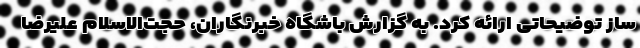
ساز توضیحاتی ارائه کرد. به گزارش باشگاه خبرنگاران، حجت‌الاسلام علیرضا